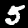
Label: 5